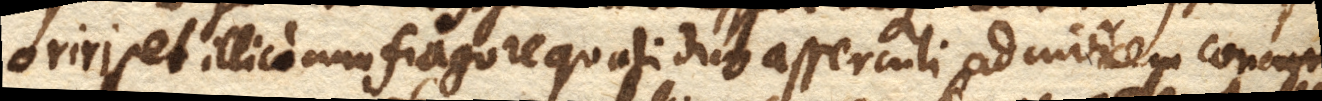
oriri, et illico cum fragore quasi duo asserculi ad invicem concur–